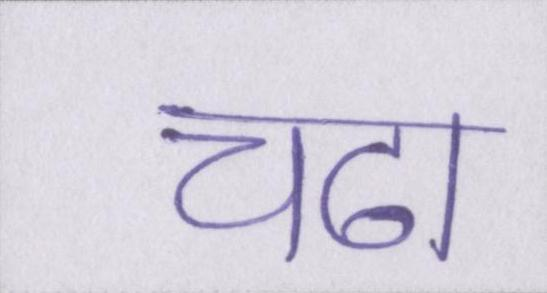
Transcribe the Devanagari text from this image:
चढा